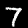
Label: 7